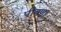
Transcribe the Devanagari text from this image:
पीवणा